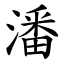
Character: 潘